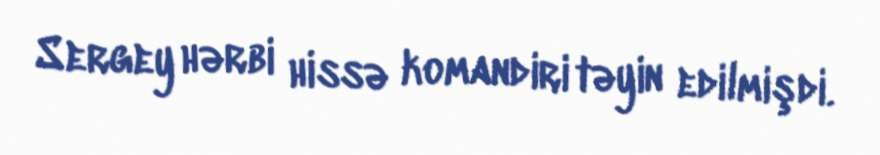
Sergey hərbi hissə komandiri təyin edilmişdi.